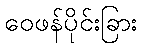
ဝေဖန်ပိုင်းခြား